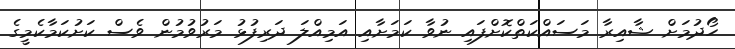
ހޯދުމަށް ޝާއިރާ މަސައްކަތްކޮށްފައި ނުވާ ކަމަށާއި އަމިއްލަ ދަރިފުޅު މަރުވުމުން ވެސް ކަށުކަމާކެމީގެ